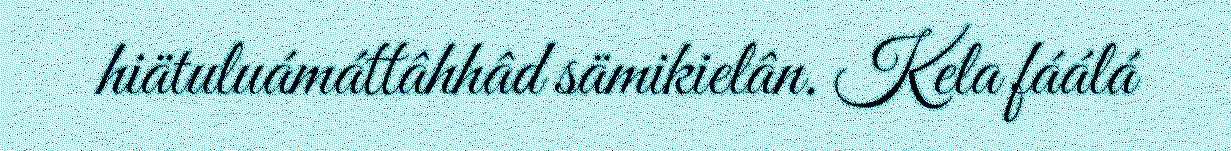
hiätuluámáttâhhâd sämikielân. Kela fáálá